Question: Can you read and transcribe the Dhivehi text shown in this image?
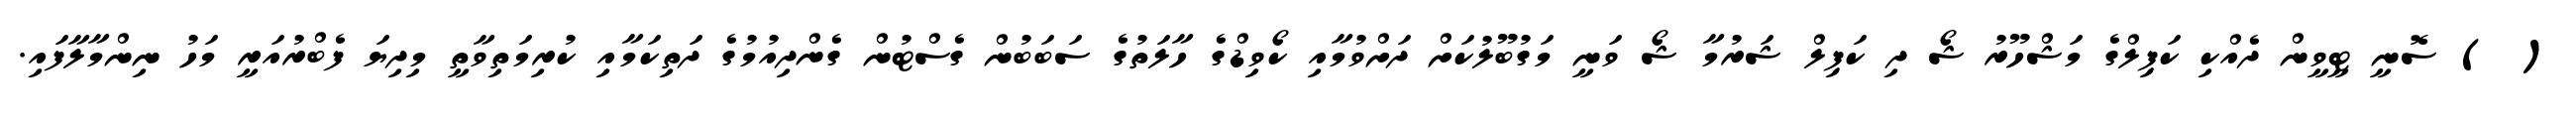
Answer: ( ) ސޮނީ ޓީވީން ދެއްކި ކަޕިލްގެ މަޝްހޫރު ޝޯ ދި ކަޕިލް ޝަރުމާ ޝޯ ވަނީ މަގުބޫލުކަށް ދަށްވުމާއި ކޯވިޑްގެ ހާލަތުގެ ސަބަބުން ގެސްޓުން ގެންދިއުމުގެ ދަތިކަމާއި ކުރިމަތިވާތީ މިދިޔަ ފެބްރުއަރީ މަހު ނިންމާލާފައި.